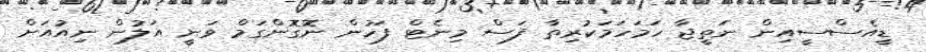
ޑީއެސްސީއިން ނަތީޖާ ހަމަހަމަކުރިތާ ފަސް މިނެޓް ފަހުން ނޮގޮންގަމް ވަނީ އަލުން ނިއުއަށް